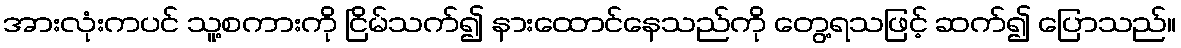
အားလုံးကပင် သူ့စကားကို ငြိမ်သက်၍ နားထောင်နေသည်ကို တွေ့ရသဖြင့် ဆက်၍ ပြောသည်။